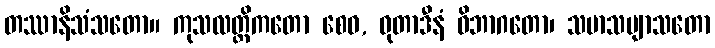
တဿာနိသံသတော။ ကုသလတ္တိကတော စေဝ, ဓုတာဒီနံ ဝိဘာဂတော၊ သမာသဗျာသတော